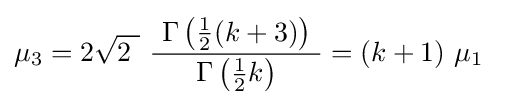
\mu _{3}=2{\sqrt {2\ }}\ {\frac {\ \Gamma \left({\tfrac {1}{2}}(k+3)\right)\ }{\Gamma \left({\tfrac {1}{2}}k\right)}}=(k+1)\ \mu _{1}\